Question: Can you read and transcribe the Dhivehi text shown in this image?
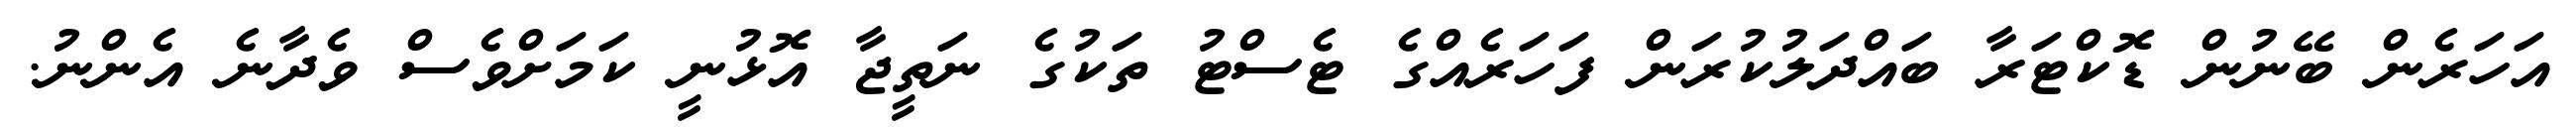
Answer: އަހަރެން ބޭނުން ޑޮކްޓަރާ ބައްދަލުކުރަން ފަހަރެއްގެ ޓެސްޓު ތަކުގެ ނަތީޖާ އޮޅުނީ ކަމަށްވެސް ވެދާނެ އެންނު.